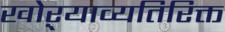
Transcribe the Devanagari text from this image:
खोऱ्याव्यतिरिक्त